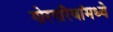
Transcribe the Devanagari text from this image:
गोरगरिबांमध्ये